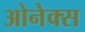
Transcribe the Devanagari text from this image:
ओनेक्स